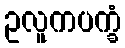
ဥလူကပက္ခံ